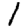
Digit: 1